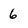
Character: 6